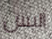
أليس